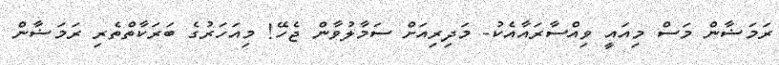
ރަމަޟާން މަސް މިއައީ ވިއްސާރައާއެކު- މަދިރިއަށް ސަމާލުވާން ޖެހޭ! މިއަހަރުގެ ބަރަކާތްތެރި ރަމަޟާން